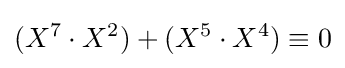
(X^{7}\cdot X^{2})+(X^{5}\cdot X^{4})\equiv 0